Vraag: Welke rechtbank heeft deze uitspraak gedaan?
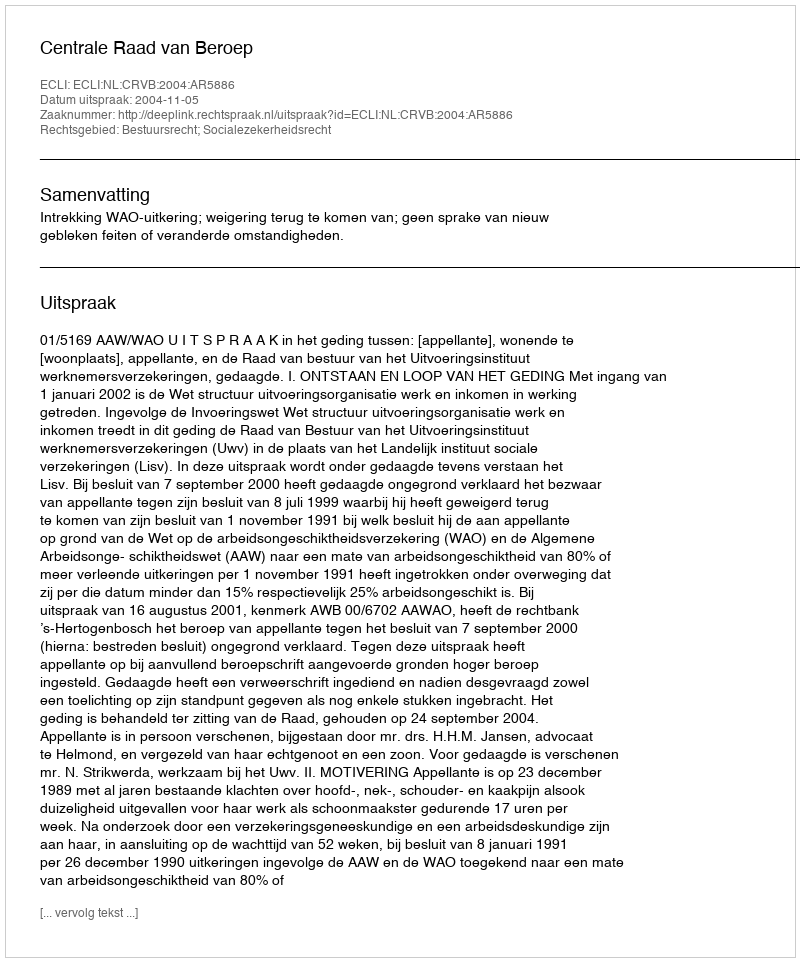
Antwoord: Centrale Raad van Beroep